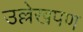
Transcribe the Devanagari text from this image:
उल्लेखपण